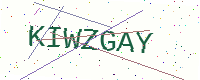
Text: KIWZGAY